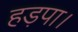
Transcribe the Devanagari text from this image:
हड़पा।